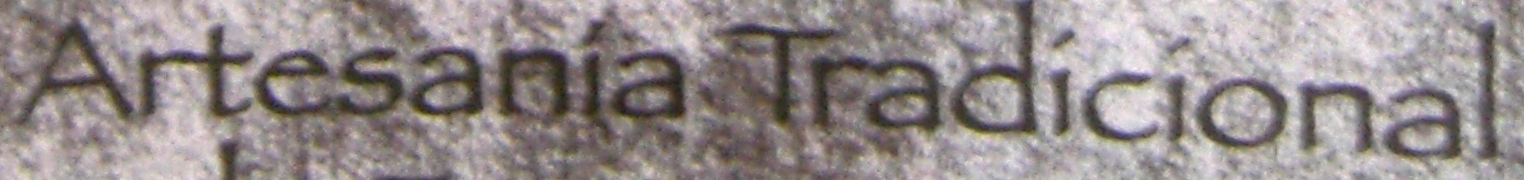
Artesania Tradicional